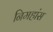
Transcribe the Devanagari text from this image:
निमहांस